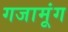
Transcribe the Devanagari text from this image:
गजामूंग